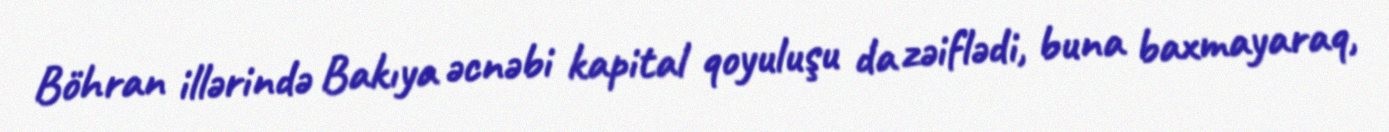
Böhran illərində Bakıya əcnəbi kapital qoyuluşu da zəiflədi, buna baxmayaraq,